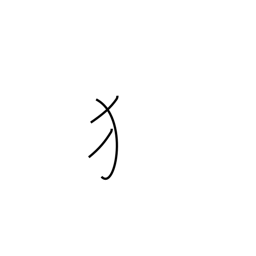
Meaning: dog radical (no. 94)